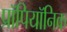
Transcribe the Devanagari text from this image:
प्रॉपियॉनिक